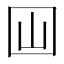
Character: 𡆯